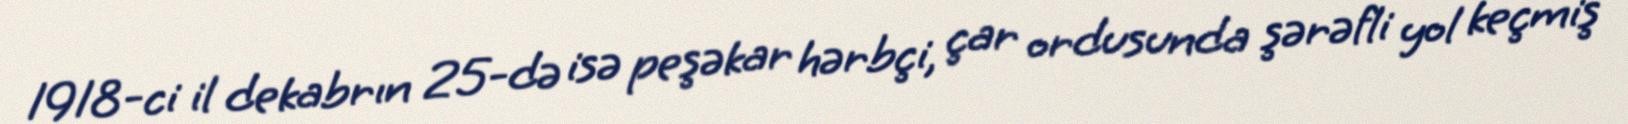
1918-ci il dekabrın 25-də isə peşəkar hərbçi, çar ordusunda şərəfli yol keçmiş